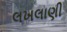
લખલાણી